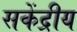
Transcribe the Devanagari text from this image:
सकेंद्रीय